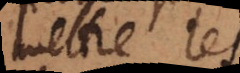
mettre les